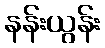
နန်းယွန်း